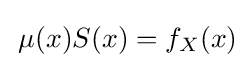
\,\mu (x)S(x)=f_{X}(x)